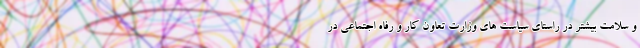
و سلامت بیشتر در راستای سیاست های وزارت تعاون کار و رفاه اجتماعی در